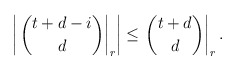
\begin{align*} \left| \left. \binom{t+d-i}{d} \right|_r \right| \leq \left. \binom{t+d}{d} \right|_r.\end{align*}